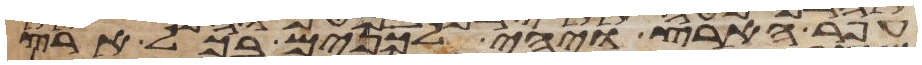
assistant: עפר הארץ ויהי לכנים בכל ארץ